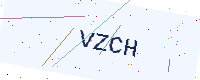
Text: VZCH